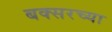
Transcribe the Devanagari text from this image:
बक्सरच्या